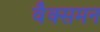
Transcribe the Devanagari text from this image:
वैक्समन